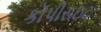
કૉપીરાઇટ